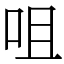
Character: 咀